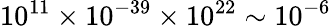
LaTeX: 10^{11}\times 10^{-39}\times 10^{22}\sim 10^{-6}